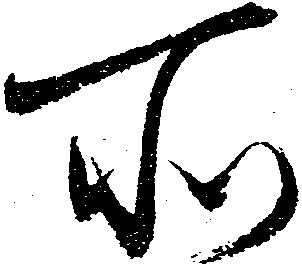
所